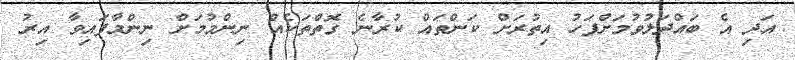
އަދި އެ ބައްދަލުވުމަށްފަހު އިތުރަށް ކަންތައް ކުރާނެ ގޮތްތަކެއް ނިންމުމަށް ނިންމާފައިވާ އިރު